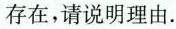
存在，请说明理由.